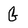
Character: G